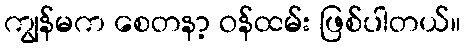
ကျွန်မက စေတနာ့ ဝန်ထမ်း ဖြစ်ပါတယ်။